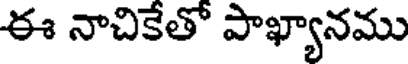
ఈ నాచికేతో పాఖ్యానము